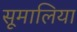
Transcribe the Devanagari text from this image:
सूमालिया